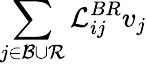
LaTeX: \sum_{j\in{\cal{B}}\cup{\cal{R}}}{\cal{L}}_{ij}^{BR}v_{j}